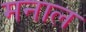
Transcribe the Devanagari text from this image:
मनाल